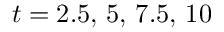
t = 2 . 5 , \, 5 , \, 7 . 5 , \, 1 0